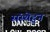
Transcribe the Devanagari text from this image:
संस्थेहून